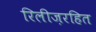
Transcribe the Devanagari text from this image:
रिलीज़रहित